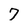
Character: 7